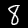
Label: 8